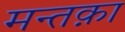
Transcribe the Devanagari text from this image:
मन्तक़ा